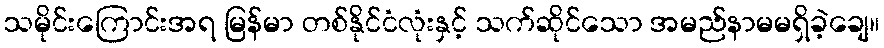
သမိုင်းကြောင်းအရ မြန်မာ တစ်နိုင်ငံလုံးနှင့် သက်ဆိုင်သော အမည်နာမမရှိခဲ့ချေ။